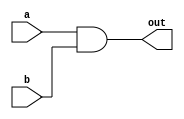
module and2(
    input a,
    input b,
    output out
);
    assign out   = a & b;
endmodule